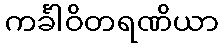
ကင်္ခါဝိတရဏိယာ